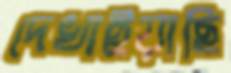
দেখাইয়াছি